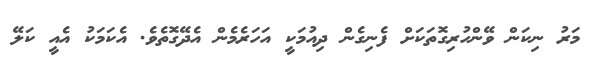
މަރު ނިކަން ވޭންހުރިގޮތަކަށް ފެނިގެން ދިއުމަކީ އަހަރެމެން އެދޭގޮތެވެ. އެކަމަކު އެއީ ކަލޭ